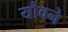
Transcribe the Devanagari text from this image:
यौवने